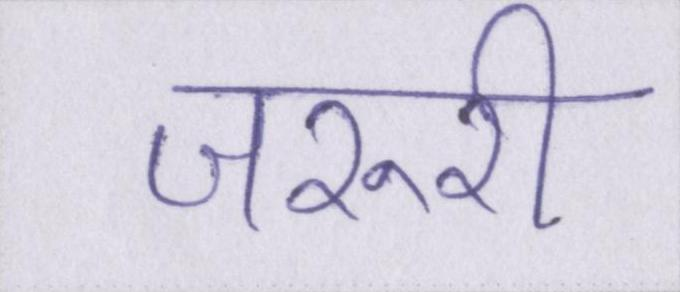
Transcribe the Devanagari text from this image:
जरुरी